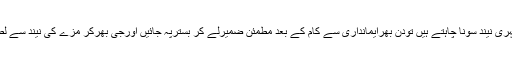
اگرآپ خوب گہری نیند سونا چاہتے ہیں تودن بھرایمانداری سے کام کے بعد مطمئن ضمیرلے کر بسترپہ جائیں اورجی بھرکر مزے کی نیند سے لطف اندوز ہوں ۔